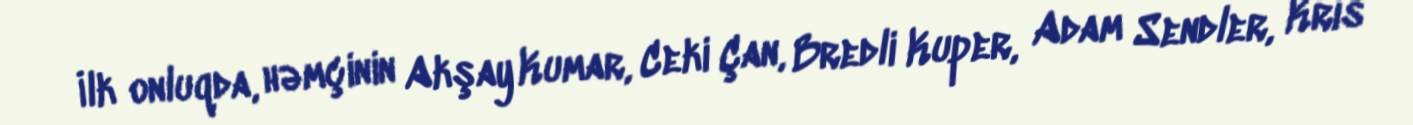
İlk onluqda, həmçinin Akşay Kumar, Ceki Çan, Bredli Kuper, Adam Sendler, Kris